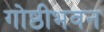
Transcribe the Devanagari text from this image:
गोष्ठीभवन